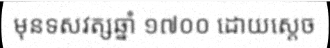
មុនទសវត្សឆ្នាំ ១៧០០ ដោយស្តេច